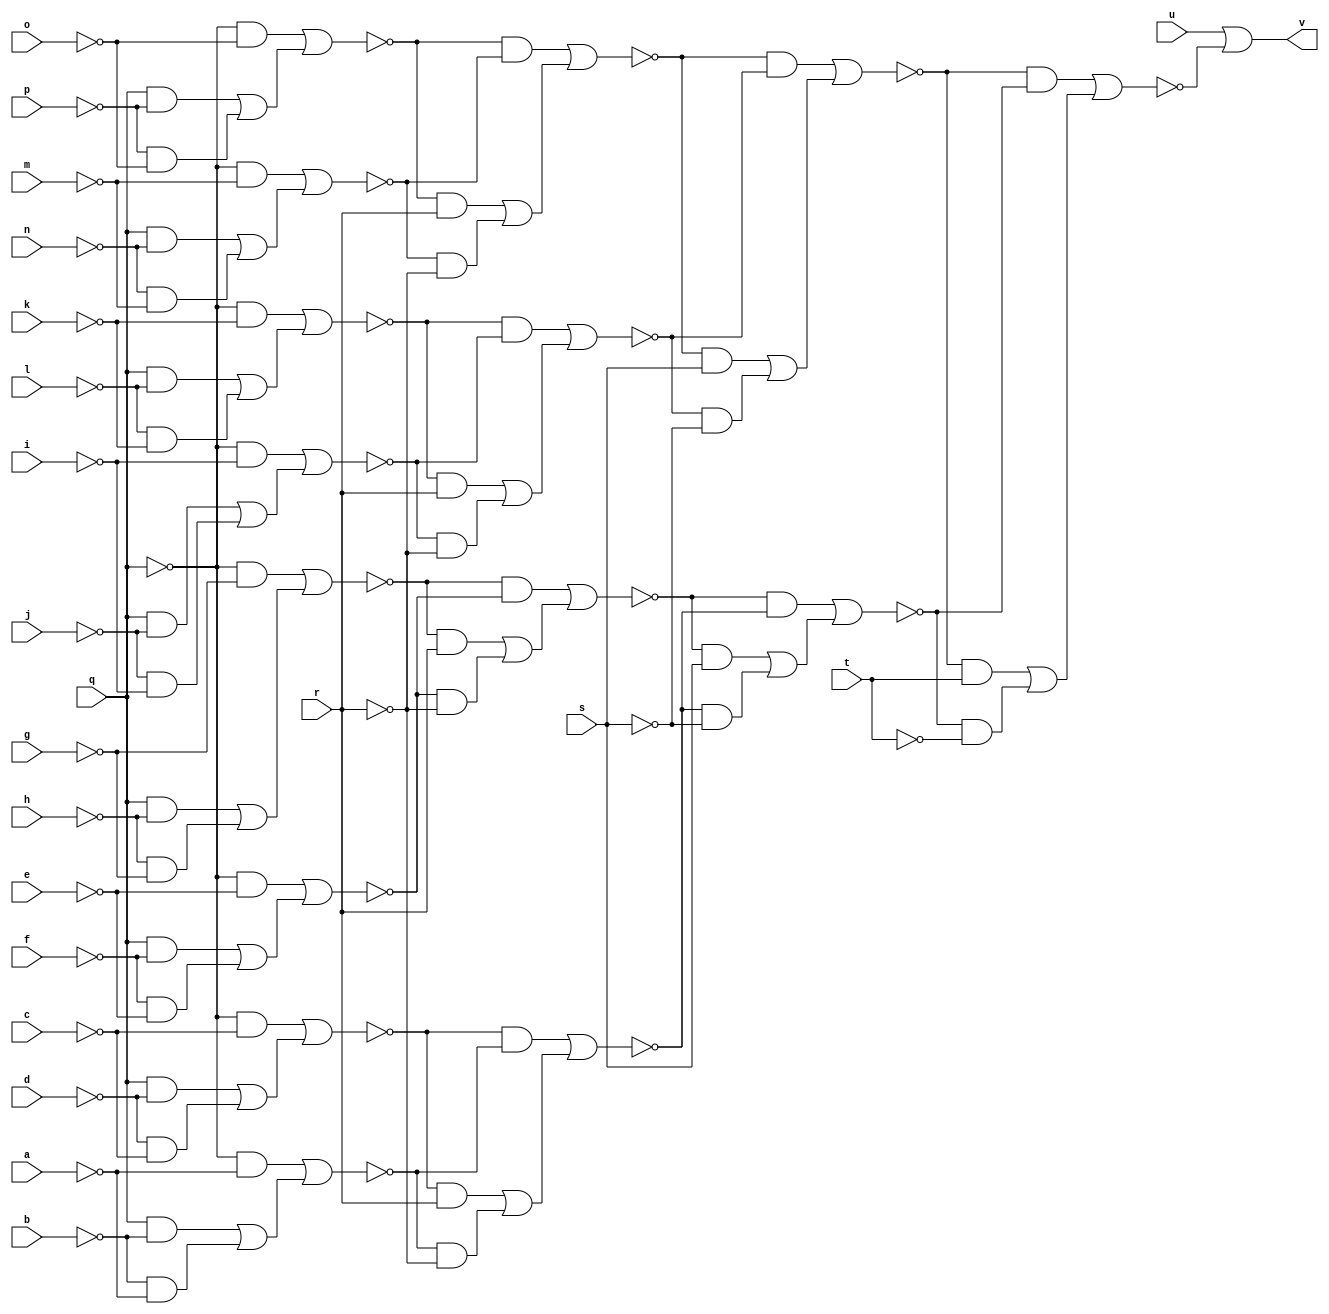
// IWLS benchmark module "CM150" printed on Wed May 29 16:07:20 2002
module CM150(a, b, c, d, e, f, g, h, i, j, k, l, m, n, o, p, q, r, s, t, u, v);
input
  a,
  b,
  c,
  d,
  e,
  f,
  g,
  h,
  i,
  j,
  k,
  l,
  m,
  n,
  o,
  p,
  q,
  r,
  s,
  t,
  u;
output
  v;
wire
  c0,
  o0,
  e0,
  q0,
  f0,
  h0,
  \[0] ,
  i0,
  j0,
  z,
  k0,
  l0,
  a0,
  m0,
  b0,
  n0;
assign
  c0 = (~q & ~g) | ((q & ~h) | (~h & ~g)),
  o0 = (~n0 & ~m0) | ((~n0 & s) | (~m0 & ~s)),
  e0 = (~a0 & ~z) | ((~a0 & r) | (~z & ~r)),
  q0 = (~o0 & ~h0) | ((~o0 & t) | (~h0 & ~t)),
  f0 = (~c0 & ~b0) | ((~c0 & r) | (~b0 & ~r)),
  h0 = (~f0 & ~e0) | ((~f0 & s) | (~e0 & ~s)),
  \[0]  = u | ~q0,
  i0 = (~q & ~i) | ((q & ~j) | (~j & ~i)),
  j0 = (~q & ~k) | ((q & ~l) | (~l & ~k)),
  v = \[0] ,
  z = (~q & ~a) | ((q & ~b) | (~b & ~a)),
  k0 = (~q & ~m) | ((q & ~n) | (~n & ~m)),
  l0 = (~q & ~o) | ((q & ~p) | (~p & ~o)),
  a0 = (~q & ~c) | ((q & ~d) | (~d & ~c)),
  m0 = (~j0 & ~i0) | ((~j0 & r) | (~i0 & ~r)),
  b0 = (~q & ~e) | ((q & ~f) | (~f & ~e)),
  n0 = (~l0 & ~k0) | ((~l0 & r) | (~k0 & ~r));
endmodule